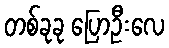
တစ်ခုခု ပြောဦးလေ